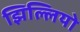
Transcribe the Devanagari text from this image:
झिल्लियो